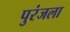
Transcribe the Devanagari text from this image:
पुरंजला